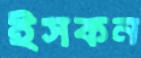
ইসকন